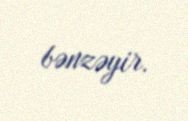
bənzəyir.